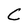
Character: C